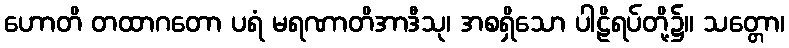
ဟောတိ တထာဂတော ပရံ မရဏာတိအာဒီသု၊ အစရှိသော ပါဠိရပ်တို့၌။ သတ္တော၊